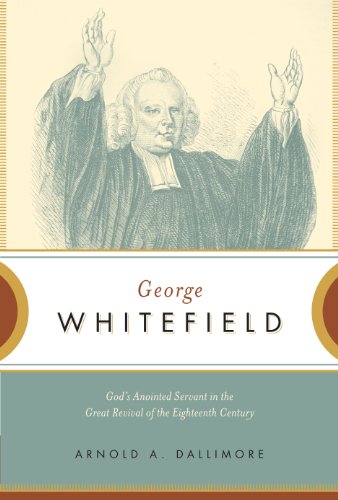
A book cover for George Whitefield: God's Anointed Servant in the Great Revival of the Eighteenth Century; Arnold A. Dallimore; Christian Books & Bibles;